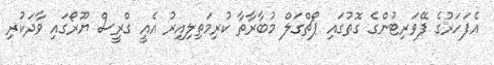
އެފަހަރުގެ ފޭވަރިޓުންގެ ގޮތުގައި ޕޯޗްގަލް މުބާރާތާ ކުރިމަތިލިއިރު އެއީ ގްރީސް ޔޫރޯގައި ވާދަކުރި